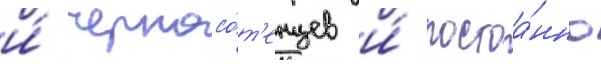
и́ черносо́т'енцев и́ постоа́нно